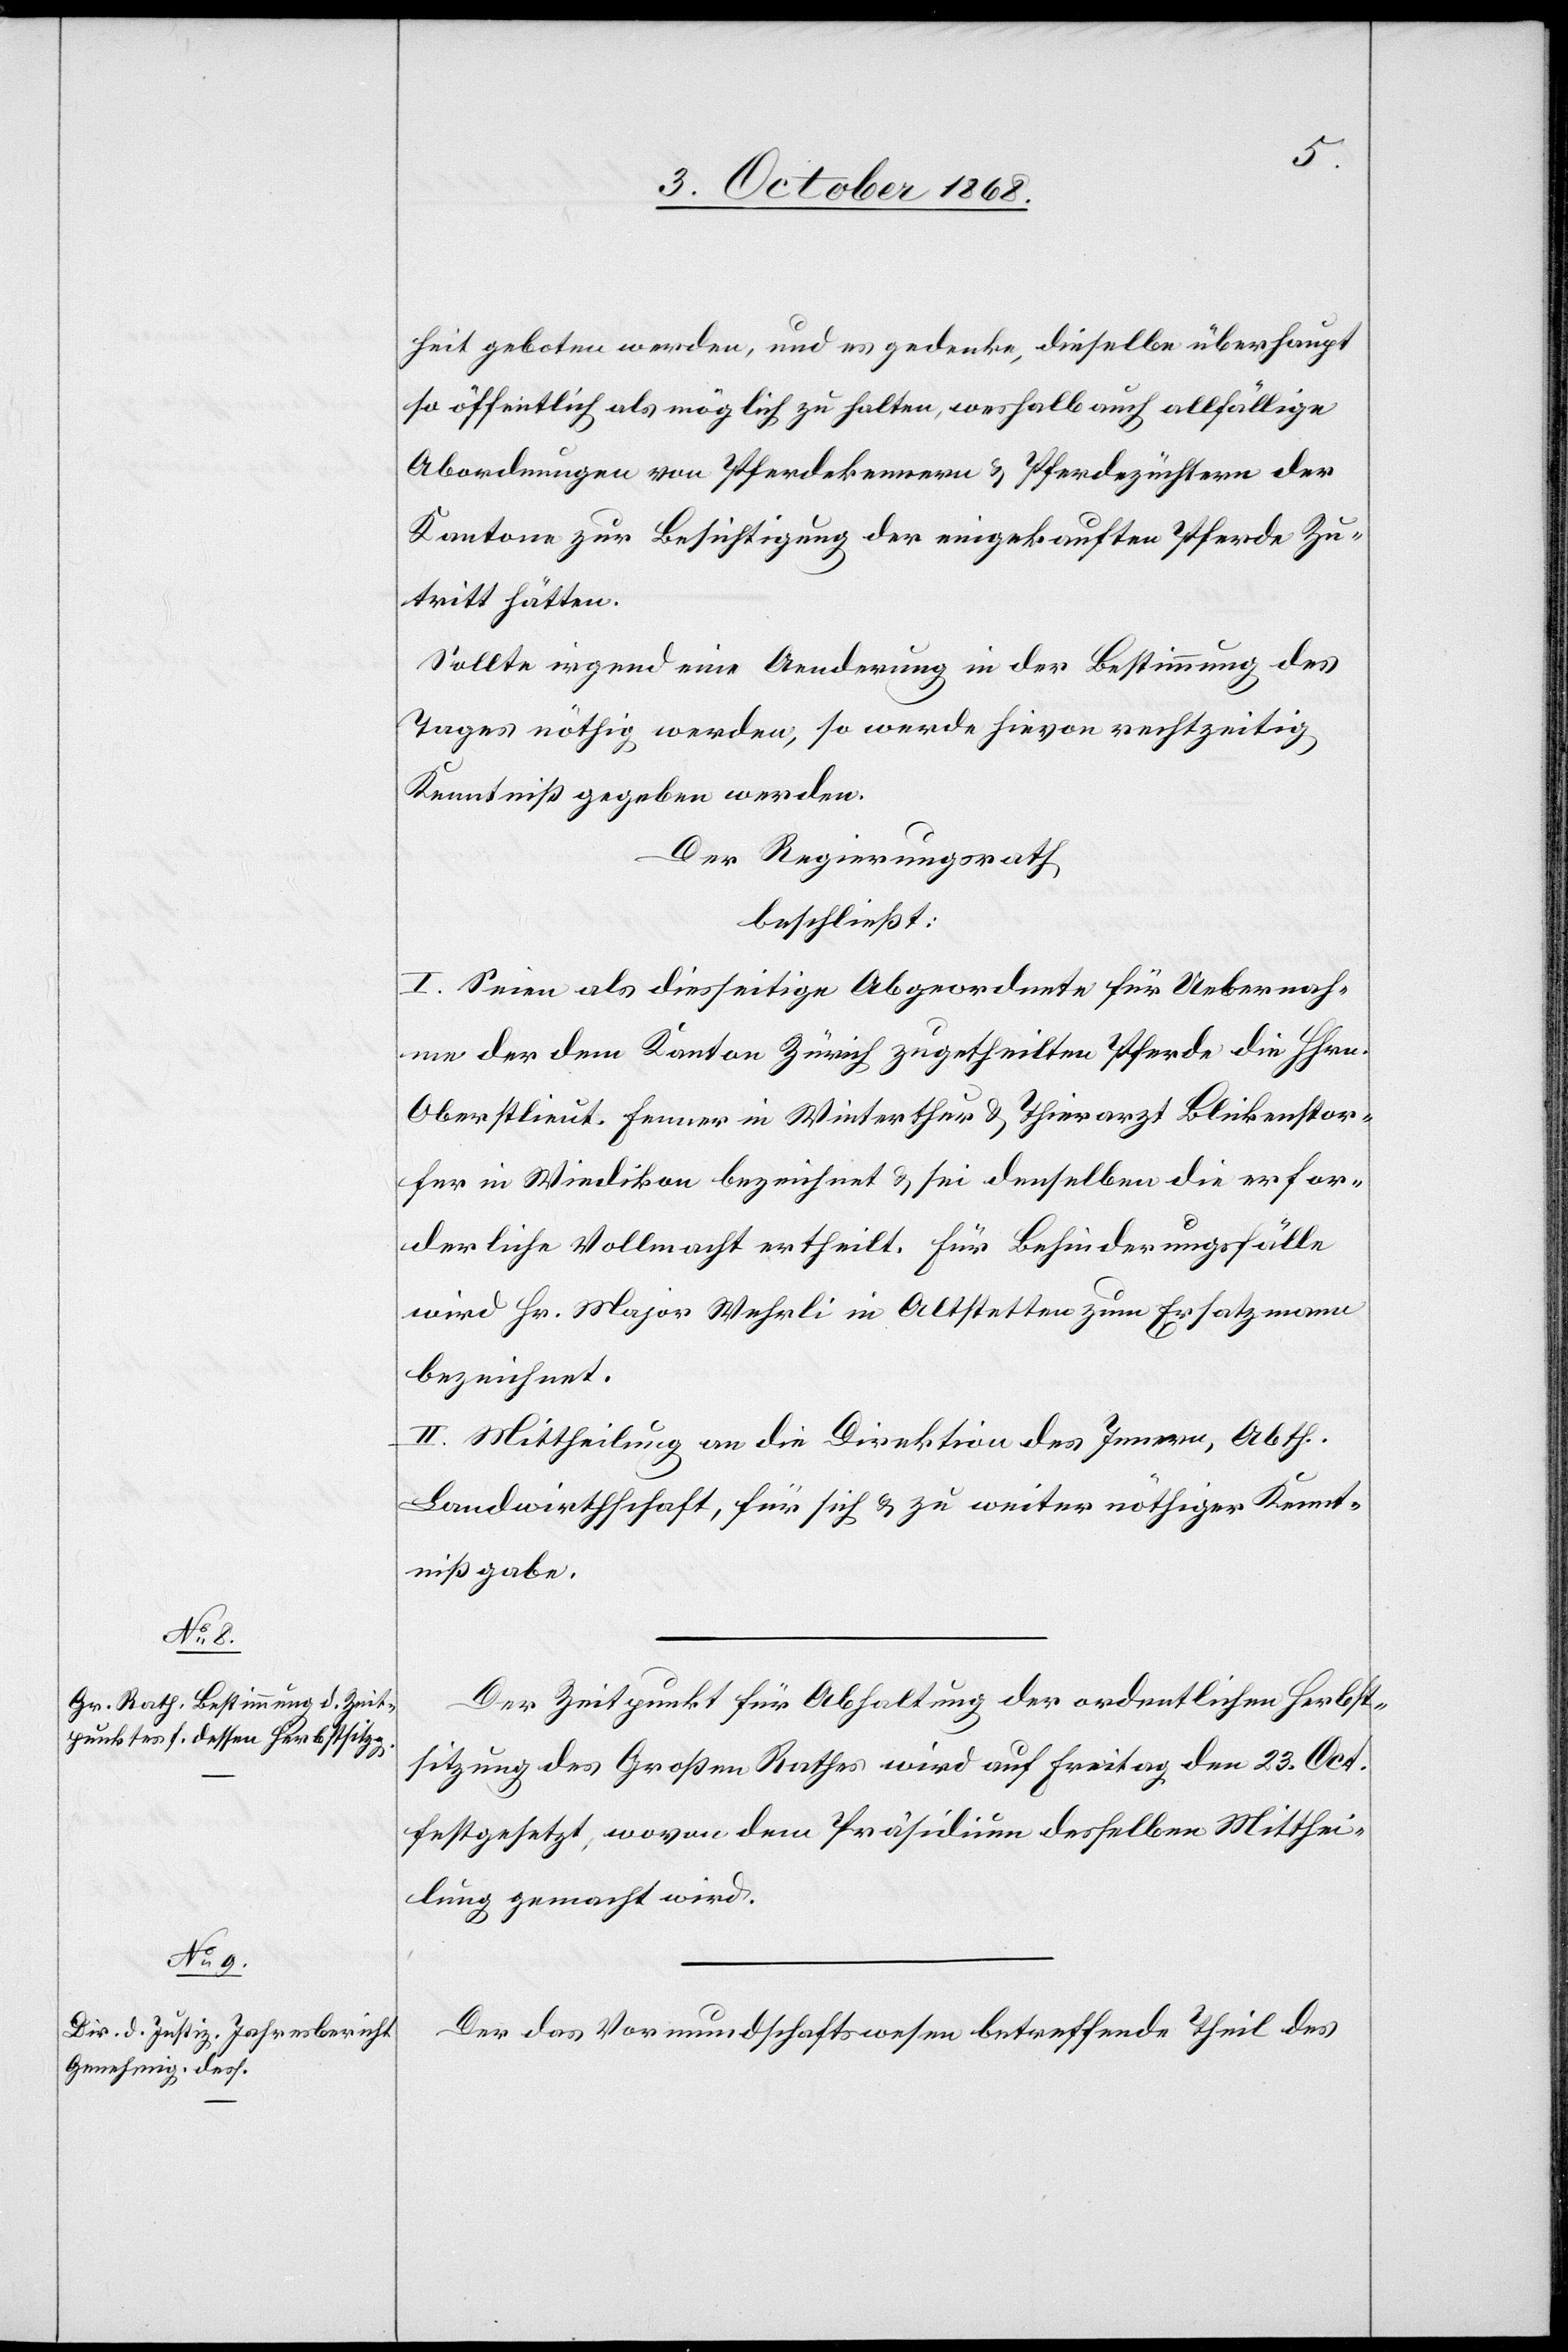
heit geboten werden, und es gedenke, dieselbe überhaupt
so öffentlich als möglich zu halten, weshalb auch allfällige
Abordnungen von Pferdekennern & Pferdezüchtern der
Kantone zur Besichtigung der eingekauften Pferde Zu¬
tritt hätten.
Sollte irgend eine Aenderung in der Bestimmung des
Tages nöthig werden, so werde hievon rechtzeitig
Kenntniß gegeben werden.
Der Regierungsrath
beschließt:
I. Seien als diesseitige Abgeordnete für Uebernah¬
me der dem Kanton Zürich zugetheilten Pferde die HHrn.
Oberstlieut. Fenner in Winterthur & Thierarzt Blickenstor¬
fer in Wiedikon bezeichnet & sei denselben die erfor¬
derliche Vollmacht ertheilt. Für Behinderungsfälle
wird Hr. Major Wehrli in Altstetten zum Ersatzmann
bezeichnet.
II. Mittheilung an die Direktion des Innern, Abth.
Landwirthschaft, für sich & zu weiter nöthiger Kennt¬
nißgabe.
Der Zeitpunkt für Abhaltung der ordentlichen Herbst¬
sitzung des Großen Rathes wird auf Freitag den 23. Oct.
festgesetzt, wovon dem Präsidium desselben Mitthei¬
lung gemacht wird.
Der das Vormundschaftswesen betreffende Theil des